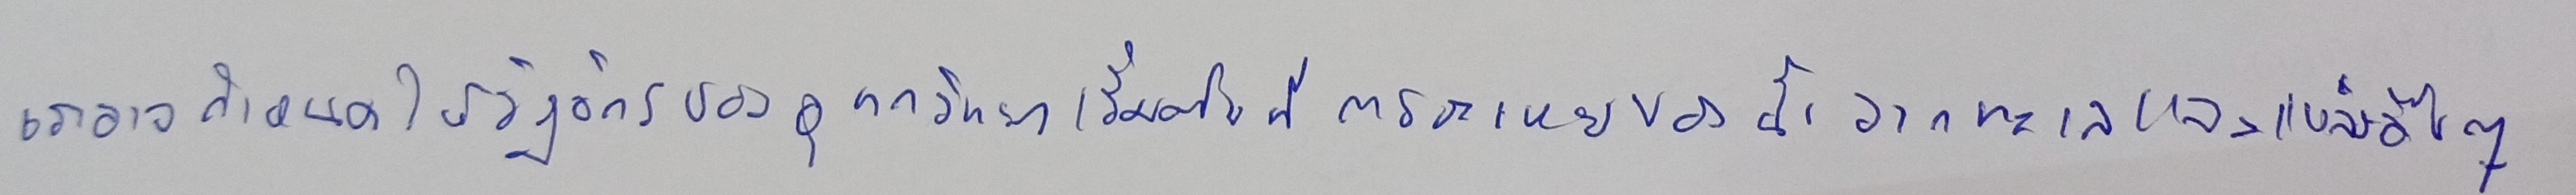
เราอาจกำหนดให้วัฎจักรของอุทกวิทยาเริ่มต้นที่การระเหยของน้ำจากทะเลและแหล่งอื่นๆ